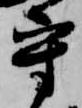
守